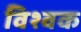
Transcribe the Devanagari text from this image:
विश्वक